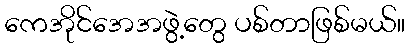
ကေအိုင်အေအဖွဲ့တွေ ပစ်တာဖြစ်မယ်။